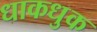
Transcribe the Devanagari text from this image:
धाकधुक